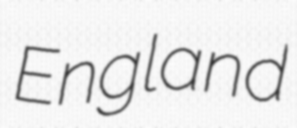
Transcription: England